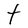
Character: t